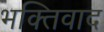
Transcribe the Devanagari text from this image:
भक्तिवाद